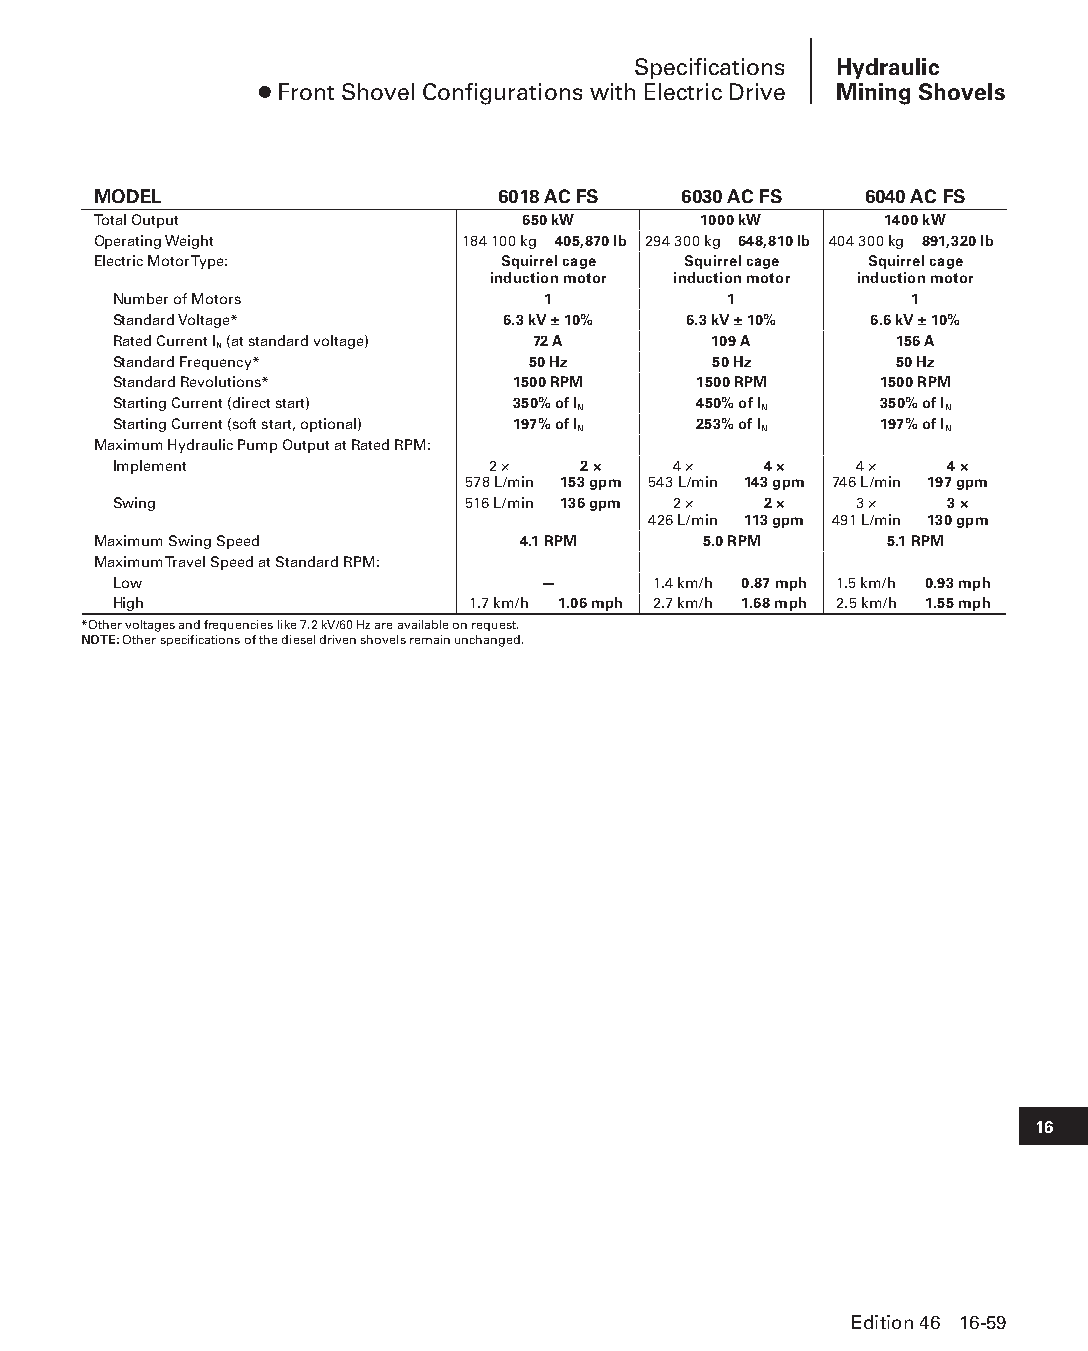
Specifications Hydraulic
 ● Front Shovel Configurations with Electric Drive Mining Shovels
 MODEL                     6018 AC FS  6030 AC FS   6040 AC FS
 Total Output                650 kW      1000 kW     1400 kW
 Operating Weight        184 100 kg 405,870 lb 294 300 kg 648,810 lb 404 300 kg 891,320 lb
 Electric Motor Type:      Squirrel cage Squirrel cage Squirrel cage
 induction motor induction motor induction motor
 Number of Motors            1            1           1
 Standard Voltage*         6.3 kV ± 10% 6.3 kV ± 10% 6.6 kV ± 10%
 Rated Current I (at standard voltage) 72 A 109 A    156 A
 N
 Standard Frequency*        50 Hz        50 Hz       50 Hz
 Standard Revolutions*     1500 RPM    1500 RPM     1500 RPM
 Starting Current (direct start) 350% of I 450% of I 350% of I
 N           N           N
 Starting Current (soft start, optional) 197% of I 253% of I 197% of I
 N           N           N
 Maximum Hydraulic Pump Output at Rated RPM:
 Implement                2 ×   2 ×   4 ×   4 ×   4 ×   4 ×
 578 L/min 153 gpm 543 L/min 143 gpm 746 L/min 197 gpm
 Swing                  516 L/min 136 gpm 2 × 2 × 3 ×   3 ×
 426 L/min 113 gpm 491 L/min 130 gpm
 Maximum Swing Speed         4.1 RPM     5.0 RPM     5.1 RPM
 Maximum Travel Speed at Standard RPM:
 Low                         —       1.4 km/h 0.87 mph 1.5 km/h 0.93 mph
 High                   1.7 km/h 1.06 mph 2.7 km/h 1.68 mph 2.5 km/h 1.55 mph
 *Other voltages and frequencies like 7.2 kV/60 Hz are available on request.
 NOTE: Other specifications of the diesel driven shovels remain unchanged.
 16
 Edition 46 16-59
 PPHHBB--SSeecc1166--HHyyddrraauulliiccMMiinniinnggSShhoovveellss((ppgg004499--111100))..iinndddd 5599 1122//44//1155 1100::5533 AAMM